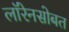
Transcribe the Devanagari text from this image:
लॉरेनसोबत